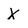
Character: X